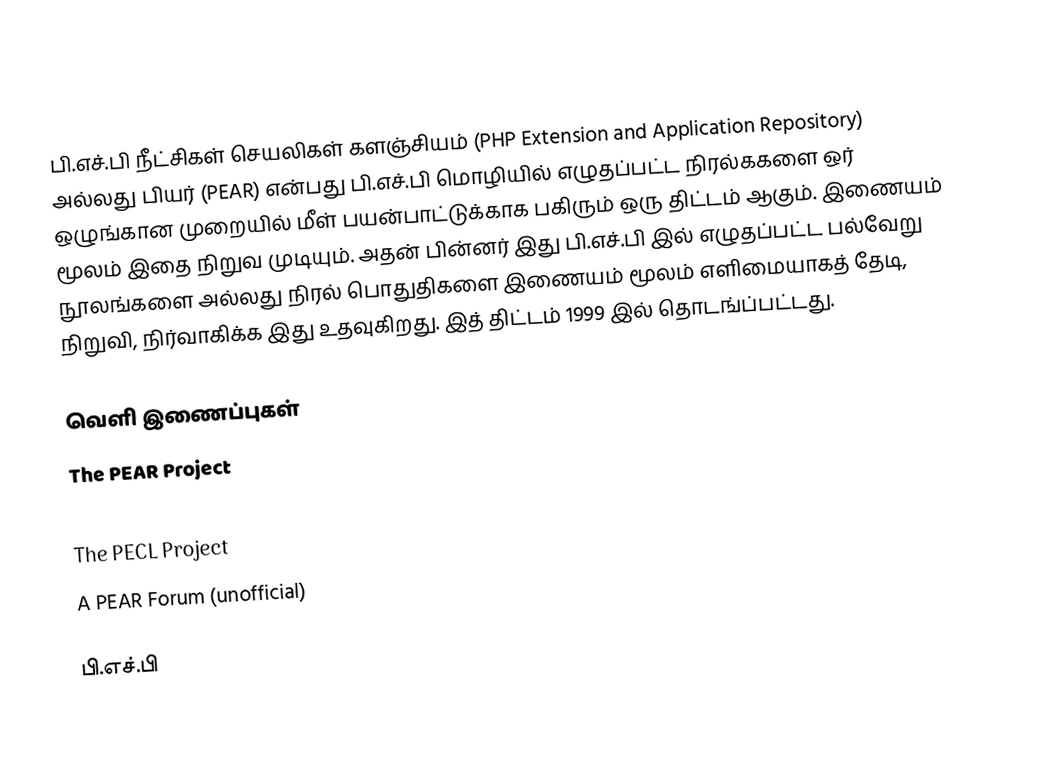
பி.எச்.பி நீட்சிகள் செயலிகள் களஞ்சியம் (PHP Extension and Application Repository) அல்லது பியர் (PEAR) என்பது பி.எச்.பி மொழியில் எழுதப்பட்ட நிரல்ககளை ஒர் ஒழுங்கான முறையில் மீள் பயன்பாட்டுக்காக பகிரும் ஒரு திட்டம் ஆகும்.  இணையம் மூலம் இதை நிறுவ முடியும்.  அதன் பின்னர் இது பி.எச்.பி இல் எழுதப்பட்ட பல்வேறு நூலங்களை அல்லது நிரல் பொதுதிகளை இணையம் மூலம் எளிமையாகத் தேடி, நிறுவி, நிர்வாகிக்க இது உதவுகிறது.  இத் திட்டம் 1999 இல் தொடங்ப்பட்டது.

வெளி இணைப்புகள்
 The PEAR Project
 The PEAR Manual
 The PECL Project
 A PEAR Forum (unofficial)

பி.எச்.பி